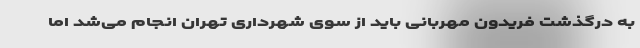
به درگذشت فریدون مهربانی باید از سوی شهرداری تهران انجام می‌شد اما